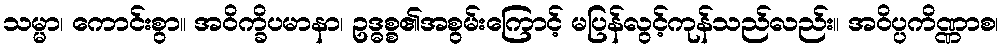
သမ္မာ၊ ကောင်းစွာ။ အဝိက္ခိပမာနာ၊ ဥဒ္ဓစ္စ၏အစွမ်းကြောင့် မပြန်လွင့်ကုန်သည်လည်း။ အဝိပ္ပကိဏ္ဏာစ၊